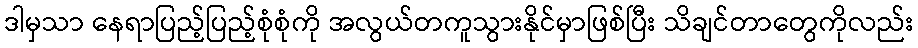
ဒါမှသာ နေရာပြည့်ပြည့်စုံစုံကို အလွယ်တကူသွားနိုင်မှာဖြစ်ပြီး သိချင်တာတွေကိုလည်း